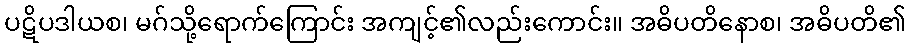
ပဋိပဒါယစ၊ မဂ်သို့ရောက်ကြောင်း အကျင့်၏လည်းကောင်း။ အဓိပတိနောစ၊ အဓိပတိ၏